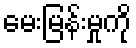
မေးမြန်းမှုကို